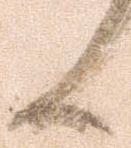
候